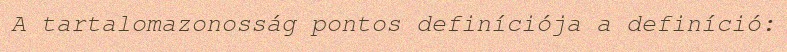
A tartalomazonosság pontos definíciója a definíció: